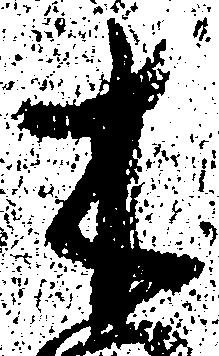
木